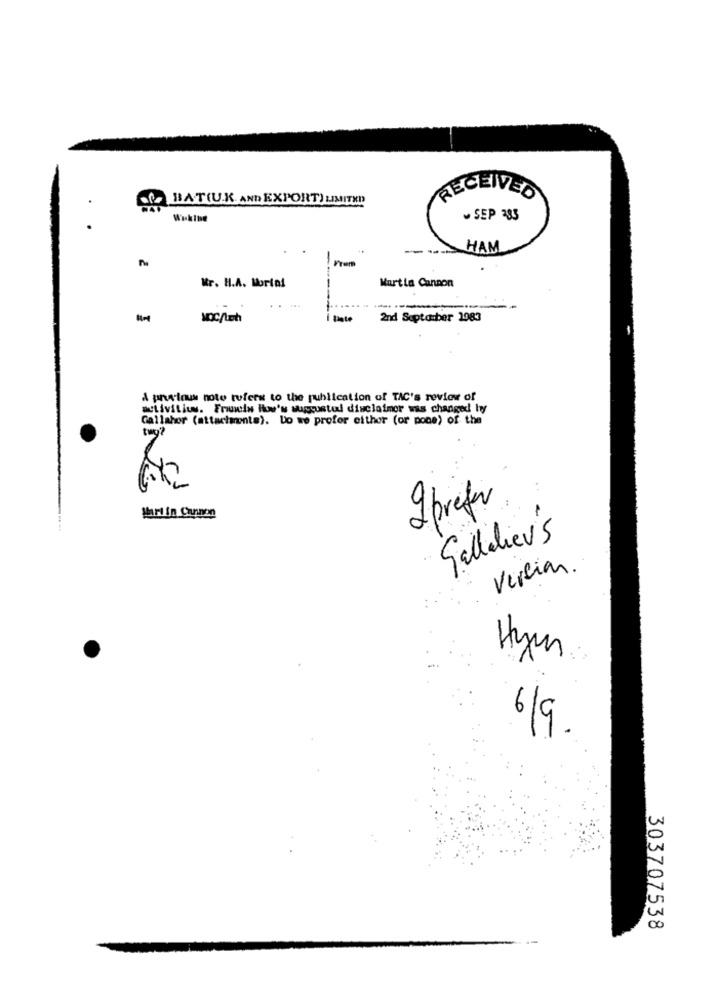
RECEIVED
BATIU.K. AND EXPORT) LIMITED
Wikine
SEP 383
----
HAM
Kr. H.A. Mortal
Martia Cannon
2nd Septa:ber 1983
A previous note tufers to the publication of TAC's review of
activities. Frauwin How's suscustul disclaimer was changed by
Callahor (attachments). Do we profor either (or pone) of the
tag?
7
I prefer
Martin Cannon
Gallolieu's
Vercias.
Hym
6/9.
303707538